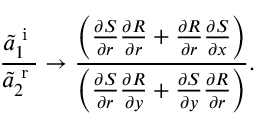
\frac { \tilde { a } _ { 1 } ^ { \textrm { i } } } { \tilde { a } _ { 2 } ^ { \textrm { r } } } \rightarrow \frac { \left( \frac { \partial S } { \partial r } \frac { \partial R } { \partial r } + \frac { \partial R } { \partial r } \frac { \partial S } { \partial x } \right) } { \left( \frac { \partial S } { \partial r } \frac { \partial R } { \partial y } + \frac { \partial S } { \partial y } \frac { \partial R } { \partial r } \right) } .